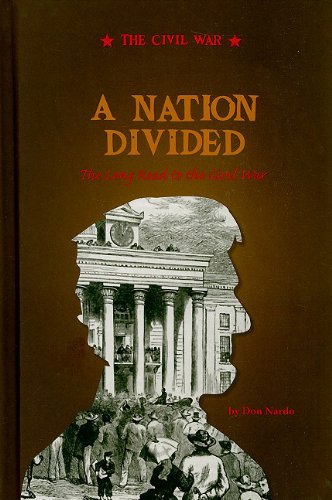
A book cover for A Nation Divided: The Long Road to the Civil War; Don Nardo; Children's Books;